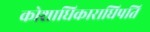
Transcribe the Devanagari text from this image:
कोशाधिकाराधिपति